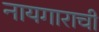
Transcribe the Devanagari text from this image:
नायगाराची